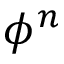
\phi ^ { n }